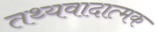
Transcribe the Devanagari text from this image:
तथ्यवादात्मक